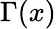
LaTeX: \Gamma(x)